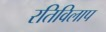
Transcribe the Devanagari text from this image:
रतिविलाप